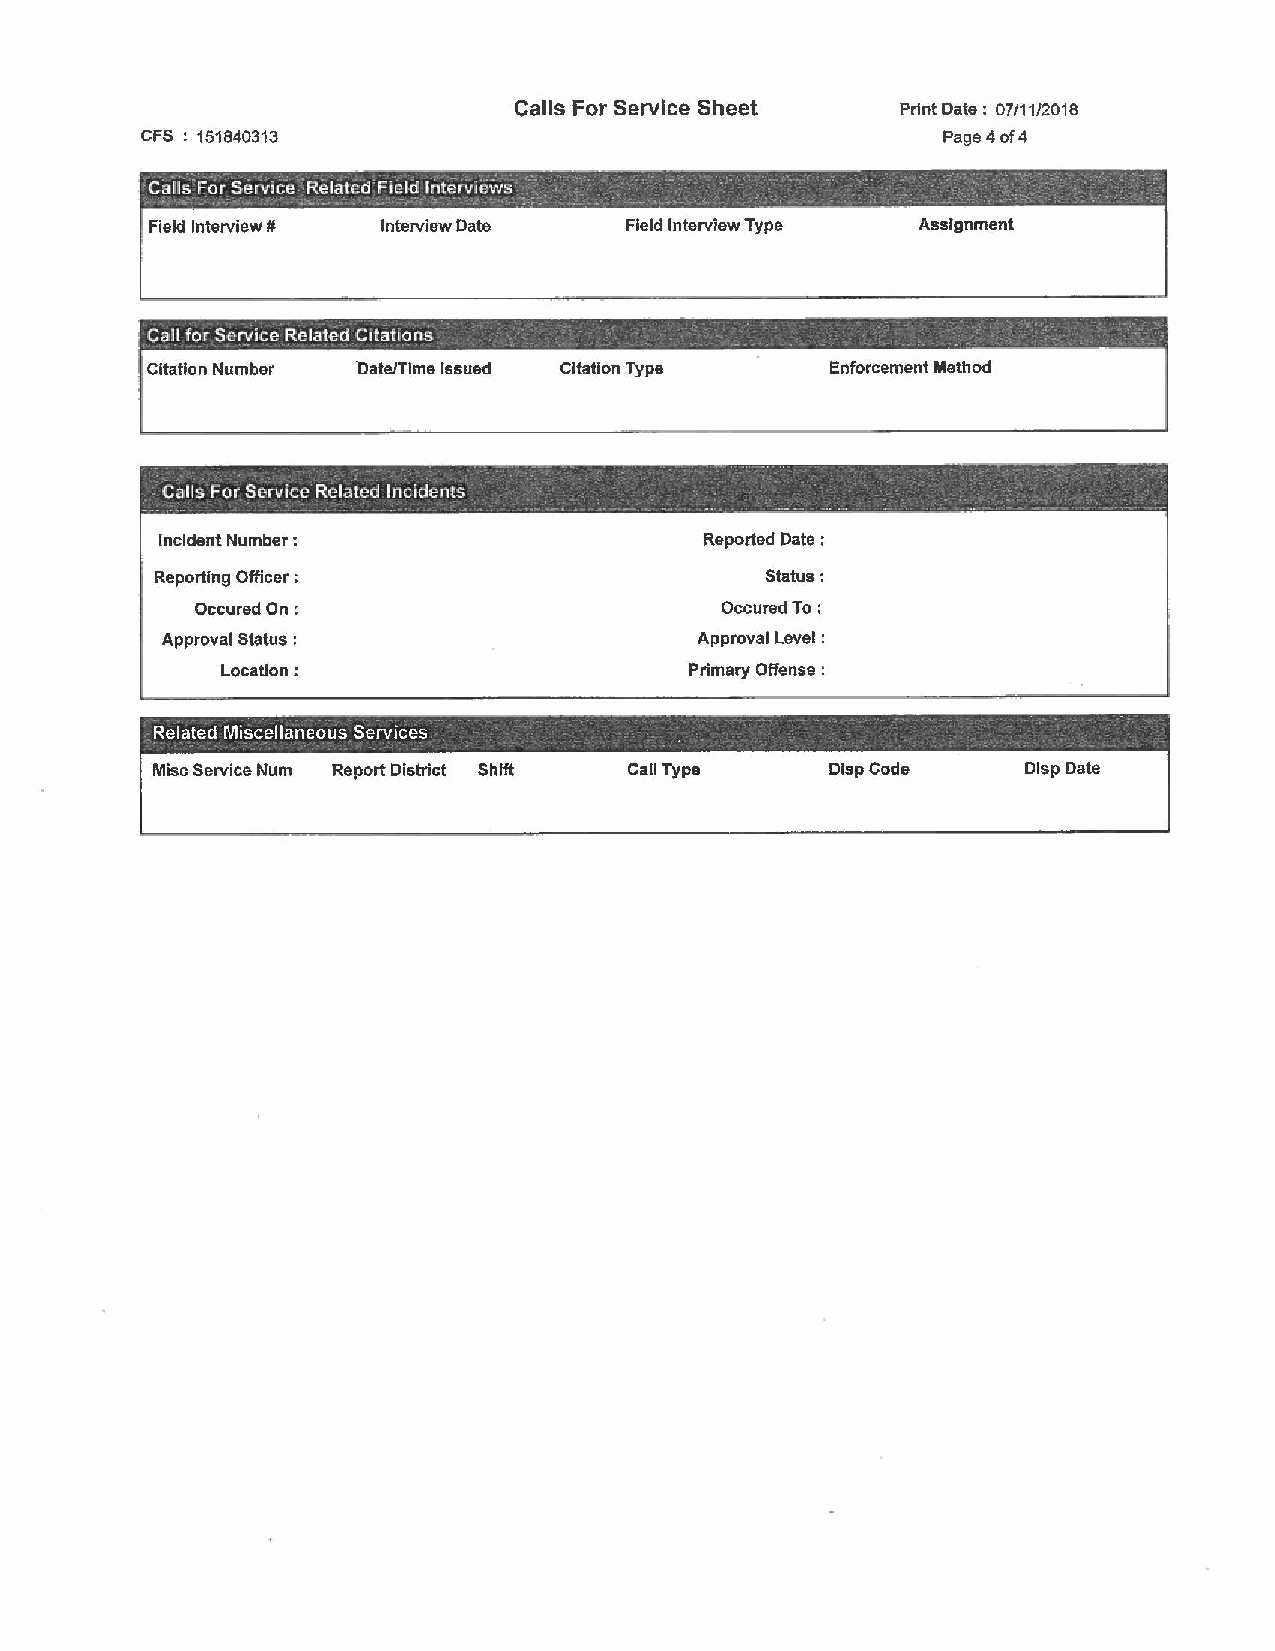
Calls For Service Sheet   Print Date: 07/11/2018
 CFS : 151840313                                      Page 4 of 4
 Calis-_For Service 'Related Fi,cld lnterJiC~VS ··- ' : - -- . -- _, - - .-' -- : --". ·, ' --: ... _
 - • ... • • ~ 4 ..... - • ~· - ~ " ._ • ': ; -• •• .. -• •• • ...... - '-• • ' ' -- • .; - - - -- : • • • ; - - ____:__ ·:_ ' - ----
 Field Interview # Interview Date Field Interview Type Assignment
 Call for Service R~l~ted Citations _ - - . - _ ~ --- _ _ _ . .    _
 Citation Number ·oateJTlme Issued Citation Type Enforcement Method
 •                     ~ - • -            •            - - - T - ~ -- - "
 Calls For Service Related lncide11ts           _        :
 --· ,. . - - ·- -_ - - -·- --- .; ' ,_. ~ ~ - - ~·. --__:- - . . - .. - - - -- - -
 Incident Number:                     Reported Date :
 Reporting Officer;                       Status:
 OccuredOn:                         OccuredTo:
 Approval Status :                  Approval Level :
 Location:                      Primary Offense:
 -   -----      -         -  ----                     -
 Related Miscellaneous Services -                     -
 Misc Service Num Report District Shift Cati Type DlspCode Dlsp Date